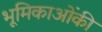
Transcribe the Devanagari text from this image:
भूमिकाओंकी